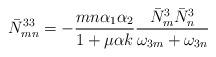
LaTeX: \begin{align*}\bar N^{33}_{mn} = - {mn\alpha_1 \alpha_2 \over 1 + \mu \alpha k}{\bar N_m^3 \bar N_n^3 \over \omega_{3m} + \omega_{3n}}\end{align*}